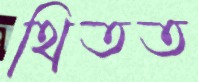
থিতত